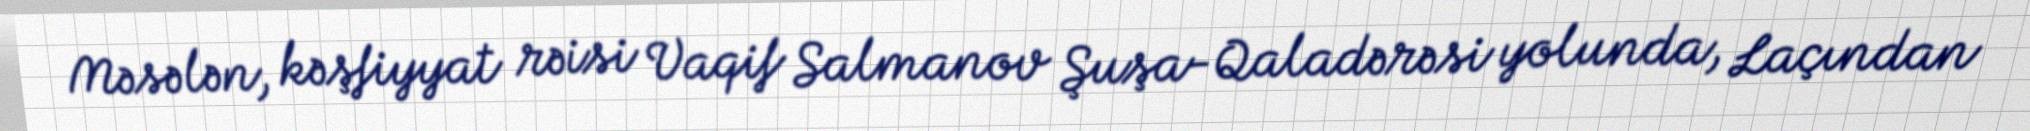
Məsələn, kəşfiyyat rəisi Vaqif Salmanov Şuşa-Qaladərəsi yolunda, Laçından